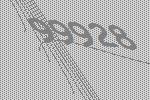
99928